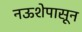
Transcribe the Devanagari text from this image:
नऊशेपासून